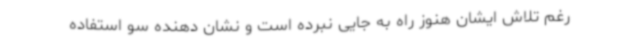
رغم تلاش ایشان هنوز راه به جایی نبرده است و نشان دهنده سو استفاده